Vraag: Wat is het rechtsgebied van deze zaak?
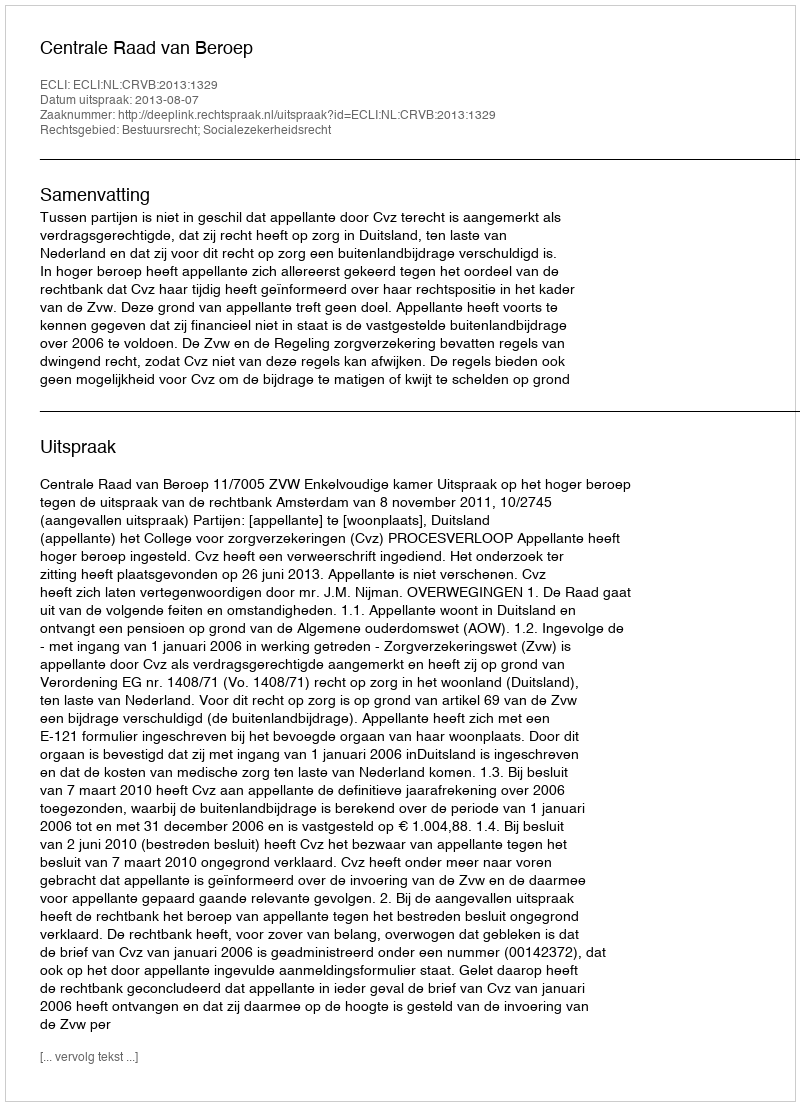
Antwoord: Bestuursrecht; Socialezekerheidsrecht